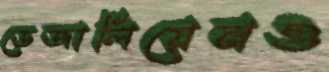
ডেজালিয়েনও